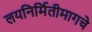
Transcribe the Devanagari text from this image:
लयनिर्मितीमागचे